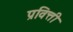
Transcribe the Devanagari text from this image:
प्रवित्ती